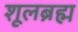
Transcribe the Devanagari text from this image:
शूलब्रह्म